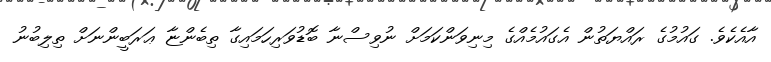
އާއެކެވެ. ގައުމުގެ ރައްޔަތުން އެގައުމެއްގެ މިނިވަންކަމަށް ނުވިސްނާ ބޮޑުވަރިހަމައިގާ ތިބެންޏާ ޢަރަބީންނަށް ތިލިބުނު